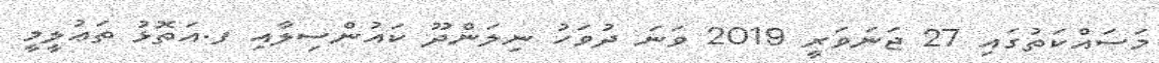
މަސައްކަތުގައި 27 ޖަނަވަރީ 2019 ވަނަ ދުވަހު ނިލަންދޫ ކައުންސިލާއި ފ.އަތޮޅު ތަޢުލީމީ